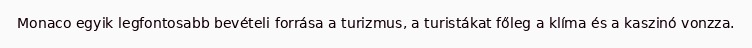
Monaco egyik legfontosabb bevételi forrása a turizmus, a turistákat főleg a klíma és a kaszinó vonzza.